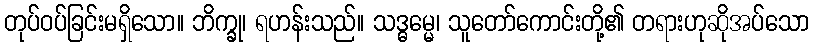
တုပ်ဝပ်ခြင်းမရှိသော။ ဘိက္ခု၊ ရဟန်းသည်။ သဒ္ဓမ္မေ၊ သူတော်ကောင်းတို့၏ တရားဟုဆိုအပ်သော